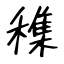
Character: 穕